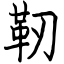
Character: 靭